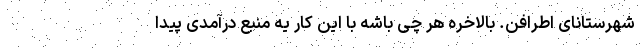
شهرستانای اطرافن. بالاخره هر چی باشه با این کار یه منبع درآمدی پیدا